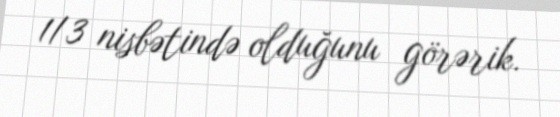
1/3 nisbətində olduğunu görərik.